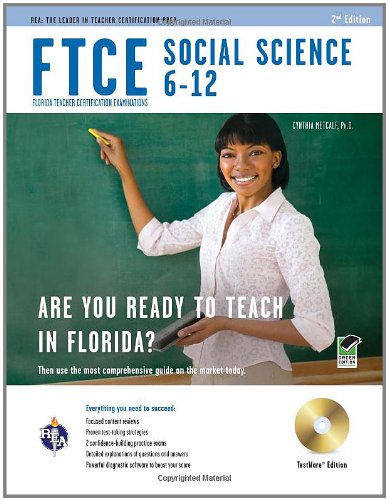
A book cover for FTCE Social Science 6-12 w/ CD-ROM (FTCE Teacher Certification Test Prep); Cynthia Metcalf; Test Preparation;